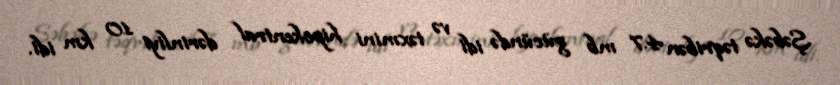
Şəbəkə təqribən 4.7 mb gücündə idi və təxmini hipokentral dərinliyi 10 km idi.